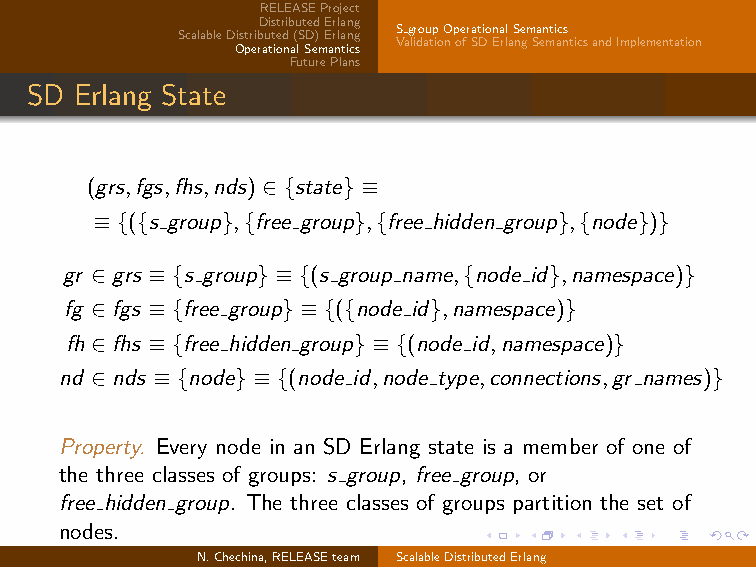
RELEASEProject
 DistributedErlang
 SgroupOperationalSemantics
 ScalableDistributed(SD)Erlang
 ValidationofSDErlangSemanticsandImplementation
 OperationalSemantics
 FuturePlans
 SD Erlang State
 (grs,fgs,fhs,nds) ∈ {state} ≡
 ≡ {({s group},{free group},{free hidden group},{node})}
 gr ∈ grs ≡ {s group} ≡ {(s group name,{node id},namespace)}
 fg ∈ fgs ≡ {free group} ≡ {({node id},namespace)}
 fh ∈ fhs ≡ {free hidden group} ≡ {(node id,namespace)}
 nd ∈ nds ≡ {node} ≡ {(node id,node type,connections,gr names)}
 Property. Every node in an SD Erlang state is a member of one of
 the three classes of groups: s group, free group, or
 free hidden group. The three classes of groups partition the set of
 nodes.
 N.Chechina,RELEASEteam ScalableDistributedErlang